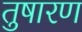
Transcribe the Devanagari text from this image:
तुषारण